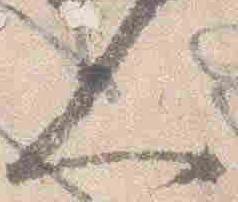
人